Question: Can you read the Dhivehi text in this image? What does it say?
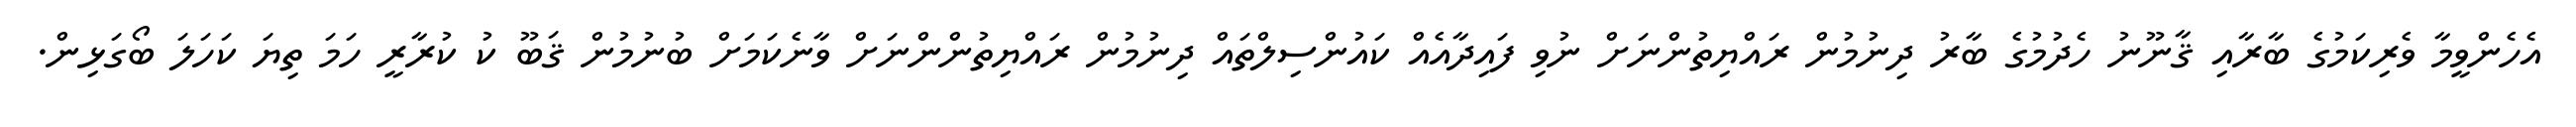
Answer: އެހެންވީމާ ވެރިކަމުގެ ބާރާއި ޤާނޫނު ހެދުމުގެ ބާރު ދިނުމުން ރައްޔިތުންނަށް ނުވި ފައިދާއެއް ކައުންސިލްތައް ދިނުމުން ރައްޔިތުންންނަށް ވާނެކަމަށް ބުނުމުން ޤަބޫ ކު ކުރާރީ ހަމަ ތިޔަ ކަހަލަ ބޯގަޅިން.